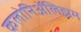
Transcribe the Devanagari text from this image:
कलोनिॲलिझम